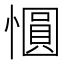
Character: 𪬱